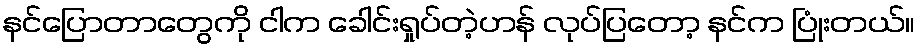
နင်ပြောတာတွေကို ငါက ခေါင်းရှုပ်တဲ့ဟန် လုပ်ပြတော့ နင်က ပြုံးတယ်။